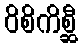
ဝိစိကိစ္ဆီ